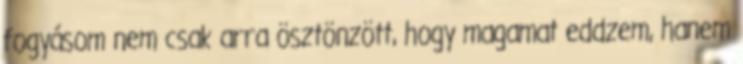
fogyásom nem csak arra ösztönzött, hogy magamat eddzem, hanem